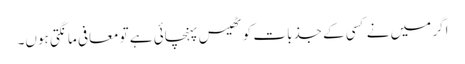
اگر میں نے کسی کے جذبات کو ٹھیس پہنچائی ہے تو معافی مانگتی ہوں۔